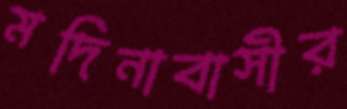
মদিনাবাসীর